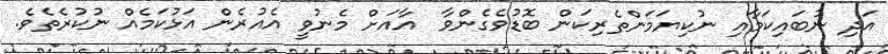
އަދި ނުބައިކަމާއި ނުކިޔަމަންތެރިކަން ބޮޑުވެގެންވާ  އާއަށް މެނުވީ އެއުރެން އަޅުކަމެއް ނުކުރެތެވެ.